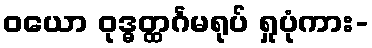
ဝယော ဝုဒ္ဓတ္ထင်္ဂမရုပ် ရှုပုံကား-